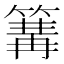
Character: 篝